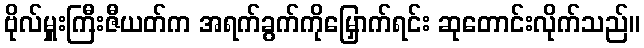
ဗိုလ်မှူးကြီးဇီယတ်က အရက်ခွက်ကိုမြှောက်ရင်း ဆုတောင်းလိုက်သည်။